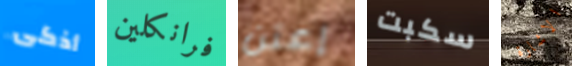
أذكى فرانكلين إعتن سكبت الاشارة